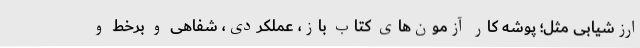
ارزشیابی مثل؛ پوشه کار آزمون‌های کتاب باز، عملکردی، شفاهی و برخط و